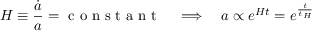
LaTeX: H \equiv { \frac { \dot { a } } { a } } = { \textrm { c o n s t a n t } } \quad \Longrightarrow \quad a \propto e ^ { H t } = e ^ { \frac { t } { t _ { H } } }